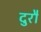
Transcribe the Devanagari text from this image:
दुरौ